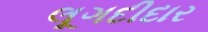
લૂગદીદાર